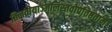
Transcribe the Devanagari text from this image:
तिलतोयाञ्जलिस्तवोपतिष्ठताम्